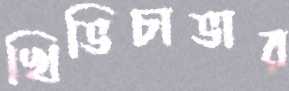
খিভিচাভার